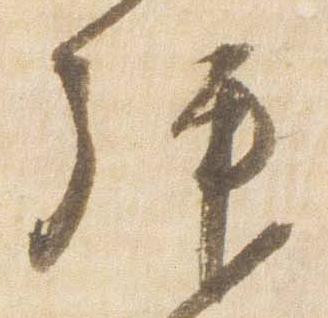
拝